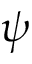
\psi